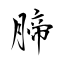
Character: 腣